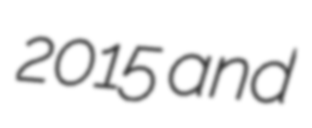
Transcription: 2015 and